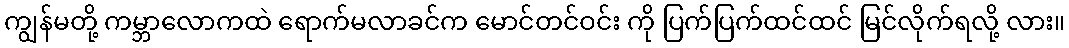
ကျွန်မတို့ ကမ္ဘာလောကထဲ ရောက်မလာခင်က မောင်တင်ဝင်း ကို ပြက်ပြက်ထင်ထင် မြင်လိုက်ရလို့ လား။